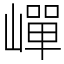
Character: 㠆